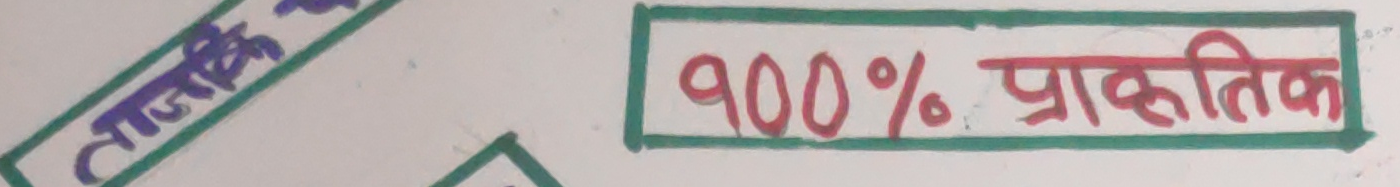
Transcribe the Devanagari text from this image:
१००% प्राकृतिक